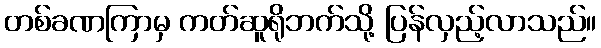
တစ်ခဏကြာမှ ကတ်ဆူရိုဘက်သို့ ပြန်လှည့်လာသည်။